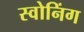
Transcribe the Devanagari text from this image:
स्वोनिंग